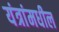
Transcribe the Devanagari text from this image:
यंत्रांमधील